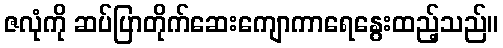
ဇလုံကို ဆပ်ပြာတိုက်ဆေးကျောကာရေနွေးထည့်သည်။